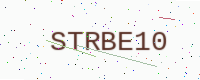
Text: STRBE10